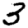
Digit: 3